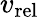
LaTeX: v_{\mathrm{rel}}